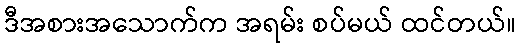
ဒီအစားအသောက်က အရမ်း စပ်မယ် ထင်တယ်။